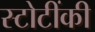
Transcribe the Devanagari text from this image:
स्टोटींकी